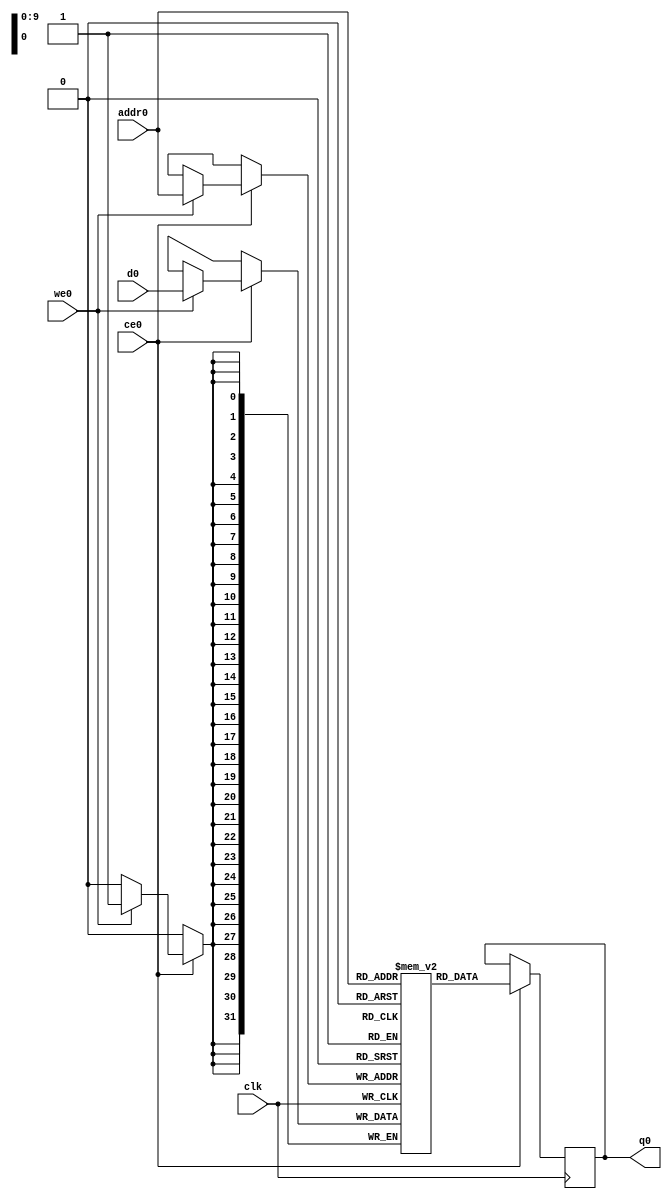
// ==============================================================
// Vivado(TM) HLS - High-Level Synthesis from C, C++ and SystemC v2019.1 (64-bit)
// Copyright 1986-2019 Xilinx, Inc. All Rights Reserved.
// ==============================================================
`timescale 1 ns / 1 ps
/* verilator lint_off WIDTHEXPAND */
/* verilator lint_off WIDTHTRUNC */
module axi4_tester_data_from_mem_V_ram (addr0, ce0, d0, we0, q0,  clk);

parameter DWIDTH = 32;
parameter AWIDTH = 10;
parameter MEM_SIZE = 1024;

input[AWIDTH-1:0] addr0;
input ce0;
input[DWIDTH-1:0] d0;
input we0;
output reg[DWIDTH-1:0] q0;
input clk;

(* ram_style = "block" *)reg [DWIDTH-1:0] ram[0:MEM_SIZE-1];




always @(posedge clk)  
begin 
    if (ce0) 
    begin
        if (we0) 
        begin 
            ram[addr0] <= d0; 
        end 
        q0 <= ram[addr0];
    end
end


endmodule

`timescale 1 ns / 1 ps
module axi4_tester_data_from_mem_V(
    reset,
    clk,
    address0,
    ce0,
    we0,
    d0,
    q0);

parameter DataWidth = 32'd32;
parameter AddressRange = 32'd1024;
parameter AddressWidth = 32'd10;
input reset;
input clk;
input[AddressWidth - 1:0] address0;
input ce0;
input we0;
input[DataWidth - 1:0] d0;
output[DataWidth - 1:0] q0;



axi4_tester_data_from_mem_V_ram axi4_tester_data_from_mem_V_ram_U(
    .clk( clk ),
    .addr0( address0 ),
    .ce0( ce0 ),
    .we0( we0 ),
    .d0( d0 ),
    .q0( q0 ));

endmodule